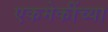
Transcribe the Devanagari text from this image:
एकमेकींच्या